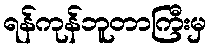
ရန်ကုန်ဘူတာကြီးမှ